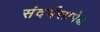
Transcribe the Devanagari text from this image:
संदर्भसापेक्ष